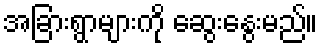
အခြားရွာများကို ဆွေးနွေးမည်။